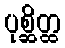
ပုစ္ဆိတ္ထ